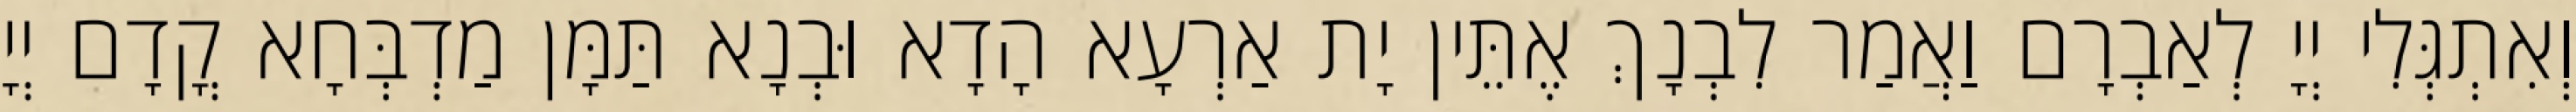
וְאִתְגְּלִי יְיָ לְאַבְרָם וַאֲמַר לִבְנָךְ אֶתֵּין יָת אַרְעָא הָדָא וּבְנָא תַּמָּן מַדְבְּחָא קֳדָם יְיָ